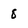
Character: 8